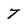
Character: 7